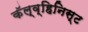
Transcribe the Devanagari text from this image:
कॅल्व्हिनिस्ट